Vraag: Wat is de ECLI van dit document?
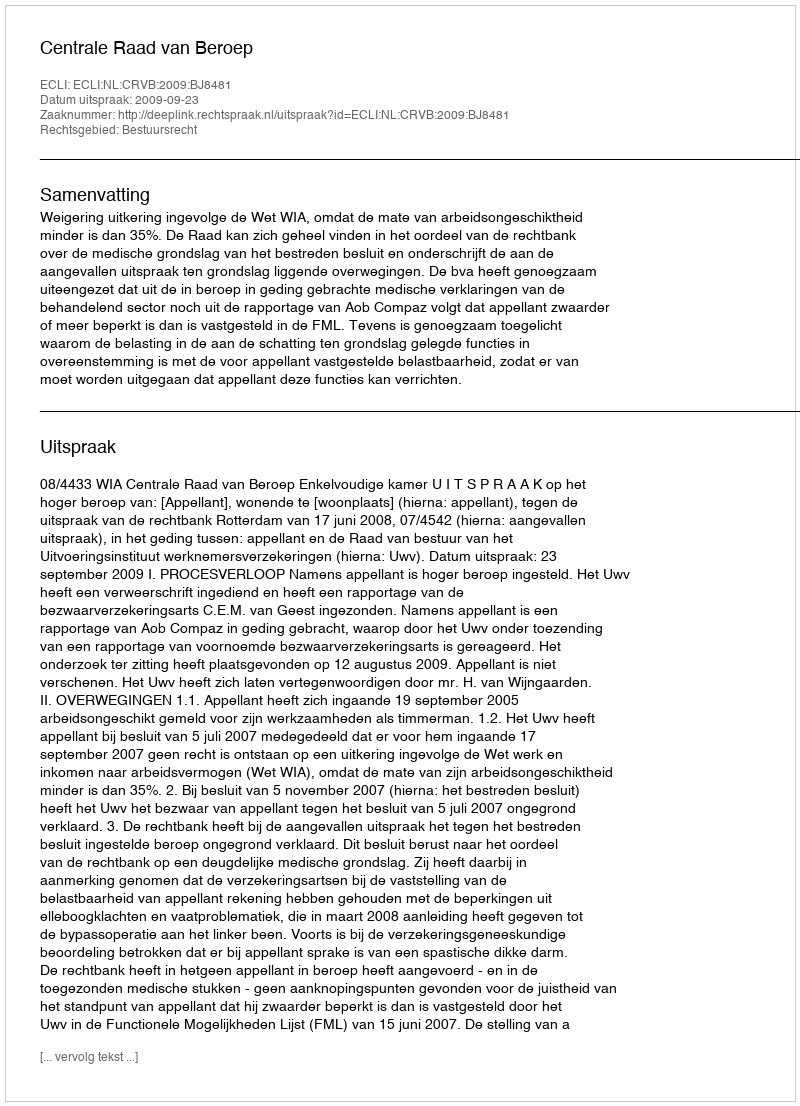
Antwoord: ECLI:NL:CRVB:2009:BJ8481